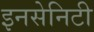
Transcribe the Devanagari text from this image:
इनसेनिटी